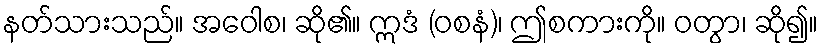
နတ်သားသည်။ အဝေါစ၊ ဆို၏။ ဣဒံ (ဝစနံ)၊ ဤစကားကို။ ဝတွာ၊ ဆို၍။